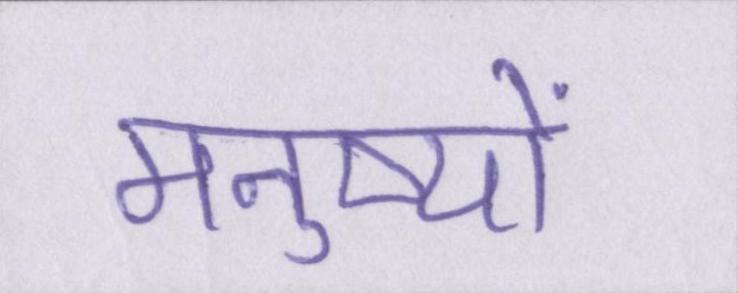
मनुष्यों